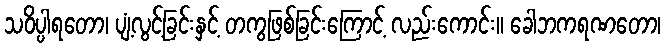
သဝိပ္ပါရတော၊ ပျံ့လွင့်ခြင်းနှင့် တကွဖြစ်ခြင်းကြောင့် လည်းကောင်း။ ခေါဘကရဏတော၊